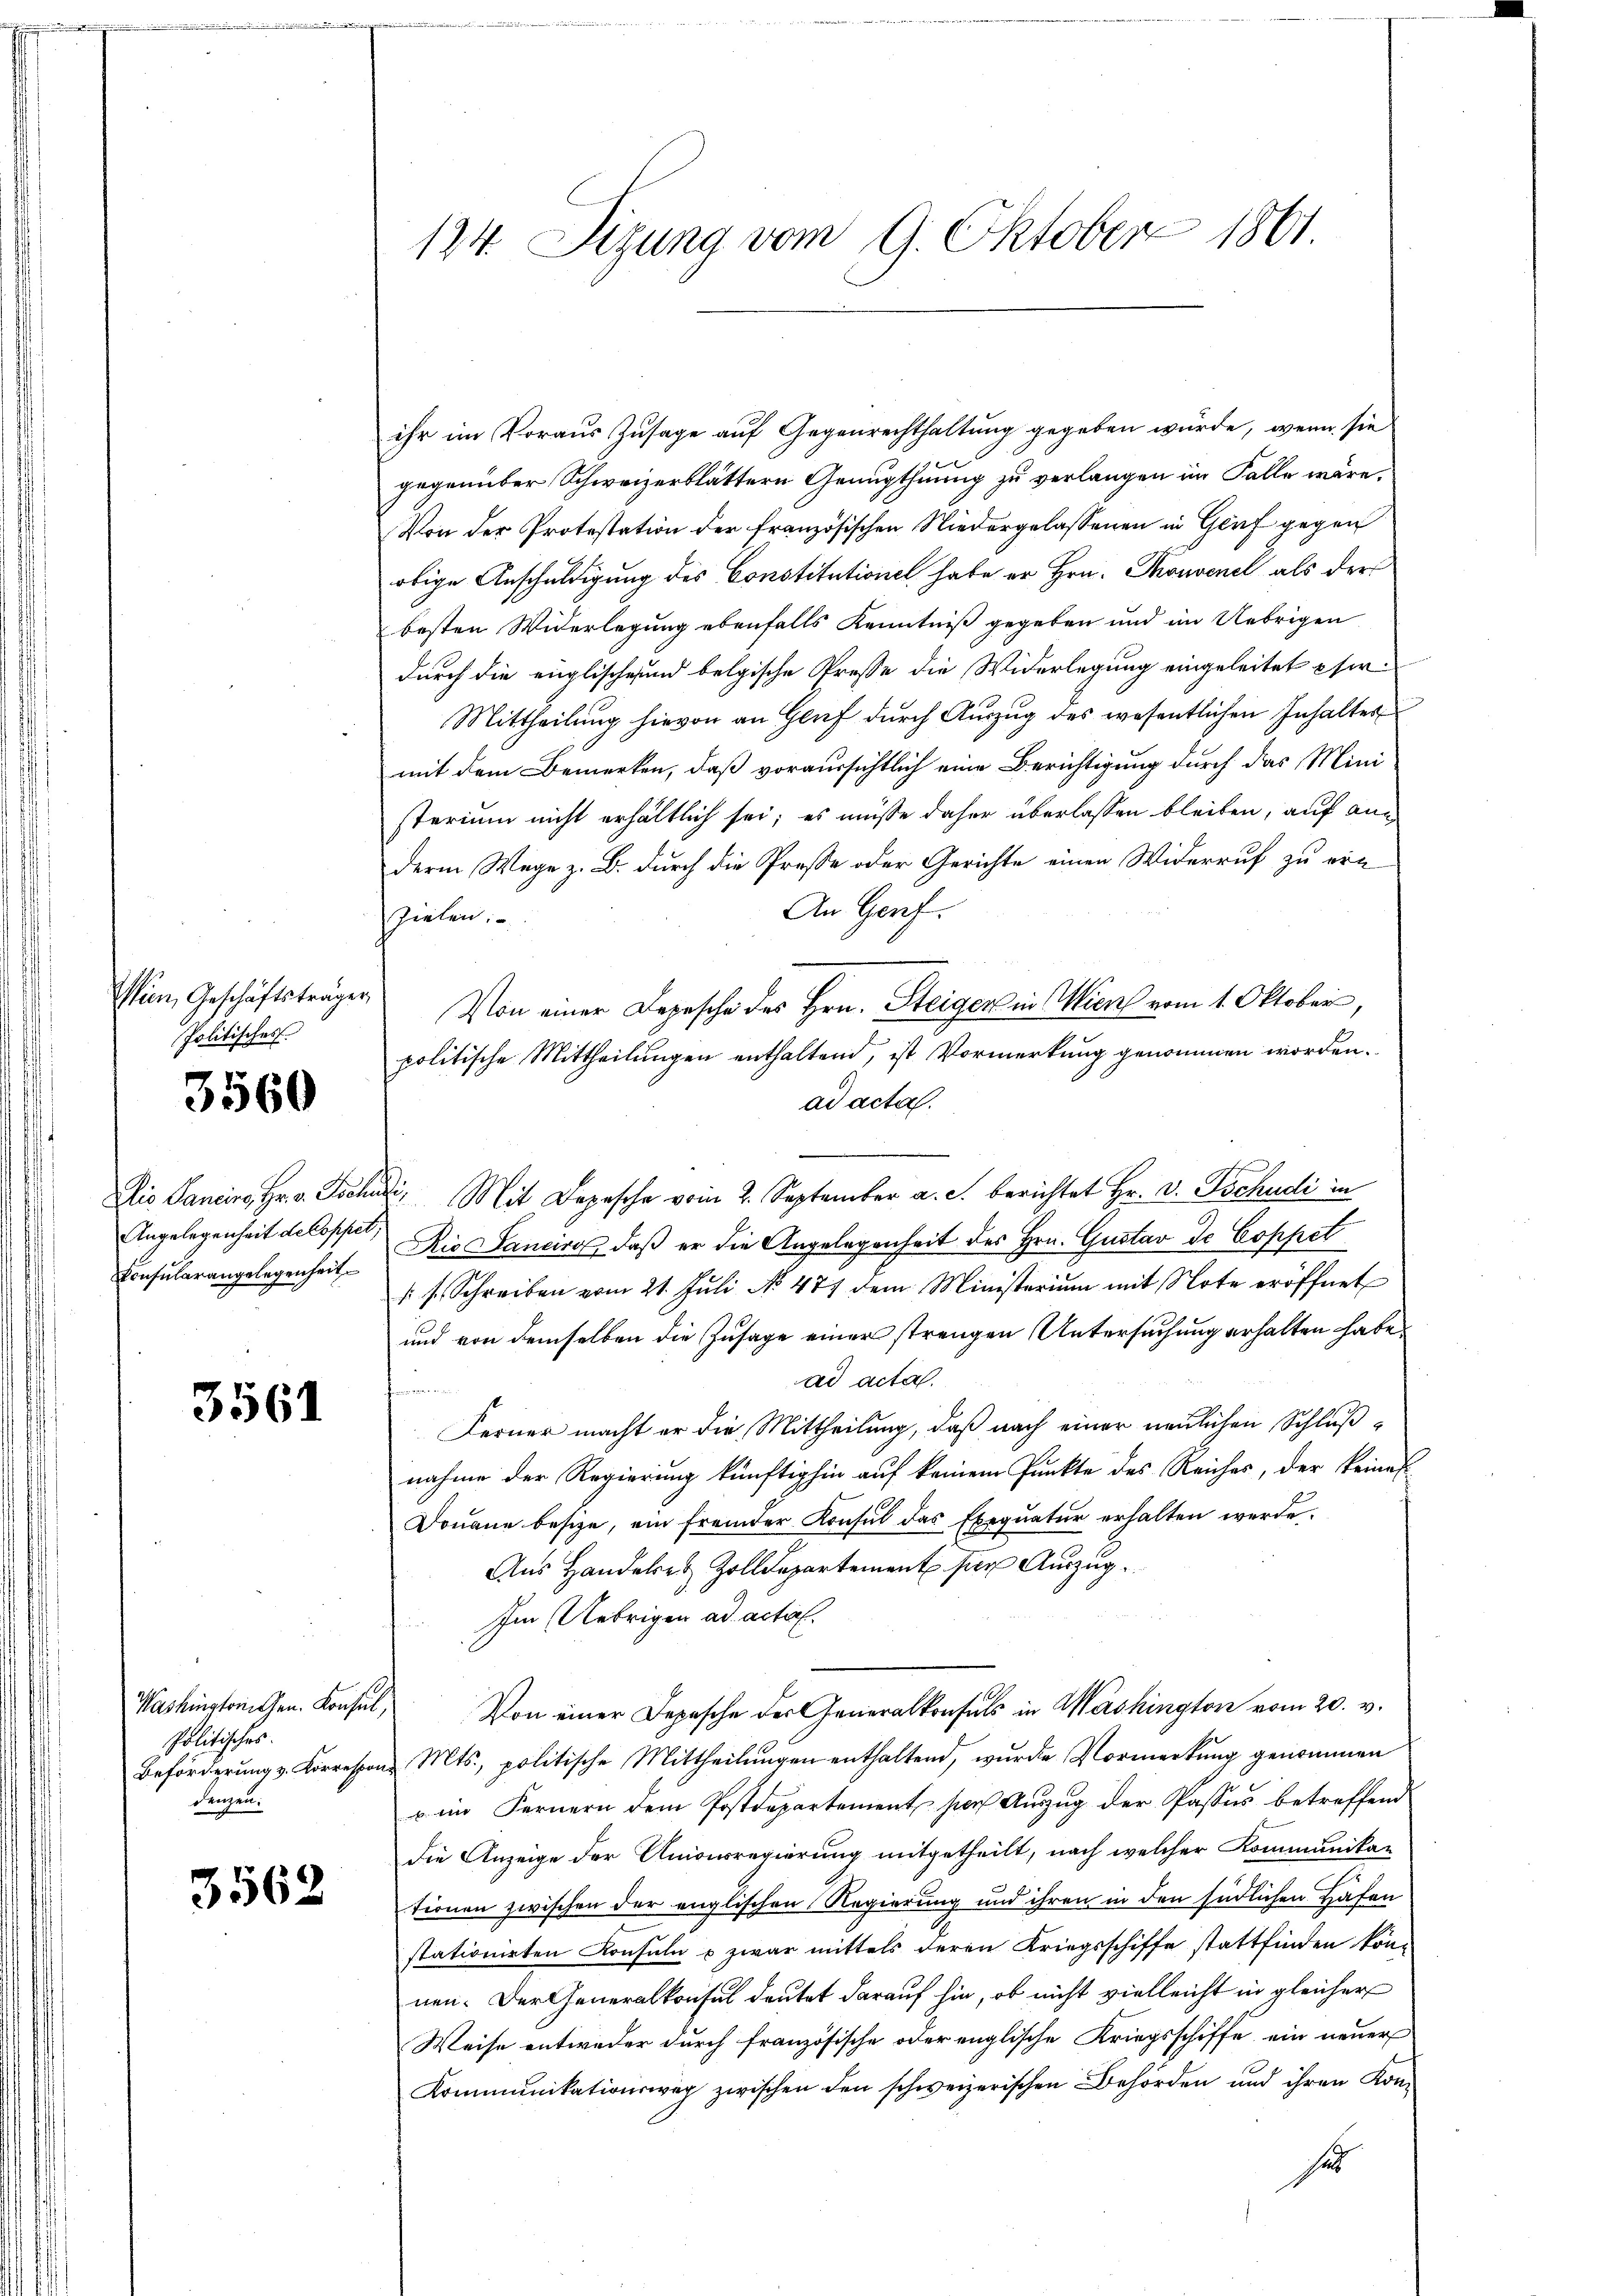
ien, Geschäftsträger,
Politisches

3560

Angelegenheit de Coppet,
Konsularangelegenheit

3561

Washingtrechen. Konsul,
Politisches.
denzen.

3562

ihr im Voraus Zusage auf Gegenrechthaltung gegeben würde, wenn sie
gegenüber Schweizerblättern Genugthuung zu verlangen im Falle wäre.
Von der Protestation der französischen Niedergelassenen in Graf gegen
obige Anschuldigung des Constitutionel habe er Hrn. Thonvenet als der
besten Widerlegung ebenfalls Kenntniß gegeben und im Uebrigen
durch die englische und belgische Presse die Widerlegung eingeleitet pfer¬
Mittheilung hievon an Genf durch Auszug des wesentlichen Inhalter
mit dem Bemerken, daß voraussichtlich eine Berichtigung durch das Ministerium nicht erhältlich sei; es müsse daher überlassen bleiben, auf anderm Wege z. B. durch die Prose oder Gerichte einen Widerruf zu er¬
An Genf.
Zielen.
Von einer Depesche des Hrn. Steiger in Wien vom 1. Oktober,
politische Mittheilungen enthaltend, ist Vormerkung genommen worden.
ad acta.
Dis Sanein, Hr. v. Tschuli, Mit Depesche vom 2. September a. c. berichtet Hr. v. Tschudi in
Rio Sanciros, daß er die Angelegenheit des Hrn. Gustav de Coppet
 s. Schreiben vom 21. Jŭli No. 477 dem Ministerium mit Note eröffnet
und von demselben die Zusage einer strengen Untersuchung erhalten habe.
ad acta

Ferner macht er die Mittheilung, daß nach einer neulichen Schlußnahme der Regierung künftighin auf keinem Punkte des Reiches, der keines
Douane besize, ein fremder Konsul das Exequatur erhalten werde.
Aus Handelen Zolldepartement hier Auszug
Im Uebrigen ad actis.
Von einer Depesche der Generalkonsuls in Washington vom 20. v.
Beförderung v. Korrespons Mts., politische Mittheilungen enthaltend, wurde Vormerkung genommen
 im Fernern dem Postdepartement ser Aŭszŭg der Passes betreffend
die Anzeige der Unionsregierung mitgetheilt, nach welcher Kommunika-
tionen zwischen der englischen Regierung und ihrem in den südlichen Hafen
stationieten Konsuln & zwar mittels deren Kriegsschiffe stattfinden könn
nen. Der Generalkonsul deutet darauf hin, ob nicht vielleicht in gleicher
Weise entweder durch französische oder englische Kriegsschiffe ein neuer
Kommunikationsweg zwischen den schweizerischen Behörden und ihren Konse

124. Sizung vom 9. Oktober 1861.